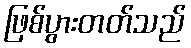
ဖြစ်ပွားတတ်သည်